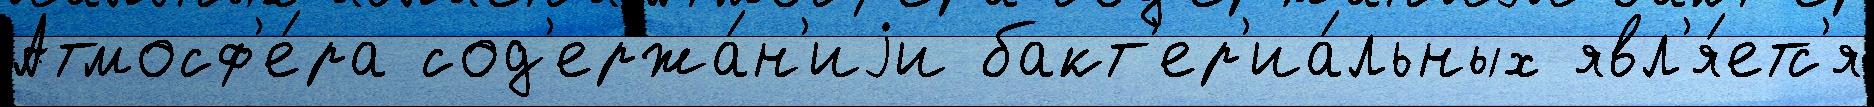
Атмосф'е́ра сод'ержа́н'иjи бакт'ер'иа́льных явл'я́етс'я